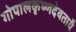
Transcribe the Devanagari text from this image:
गोपालकृष्णदेवतायै